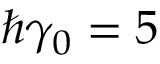
\hbar \gamma _ { 0 } = 5